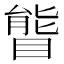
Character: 𥉃